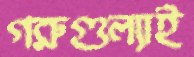
গরুগুল্যাই